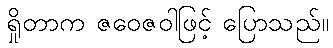
ရှိုတာက ဇဝေဇဝါဖြင့် ပြောသည်။